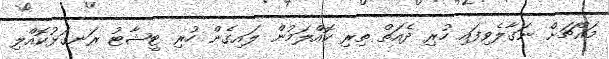
މައްޗަށް ނަގާލެވިފައި ހުރި ދެއަތް ތިރި ކޮއްލަމުން ލައިގެން ހުރި ޓީޝާޓު ރަނގަޅުކޮއްލި